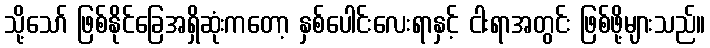
သို့သော် ဖြစ်နိုင်ခြေအရှိဆုံးကတော့ နှစ်ပေါင်းလေးရာနှင့် ငါးရာအတွင်း ဖြစ်ဖို့များသည်။